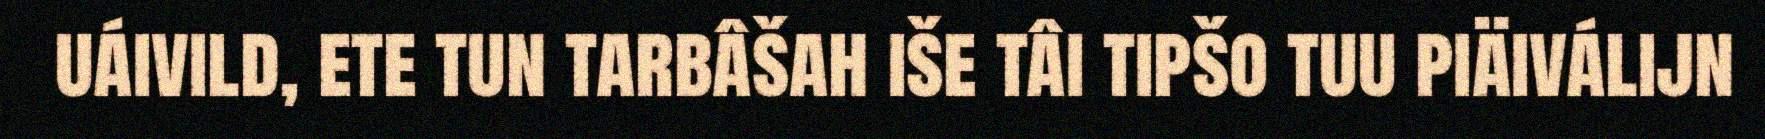
uáivild, ete tun tarbâšah iše tâi tipšo tuu piäiválijn